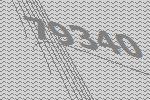
79340